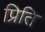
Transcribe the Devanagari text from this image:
प्रिति